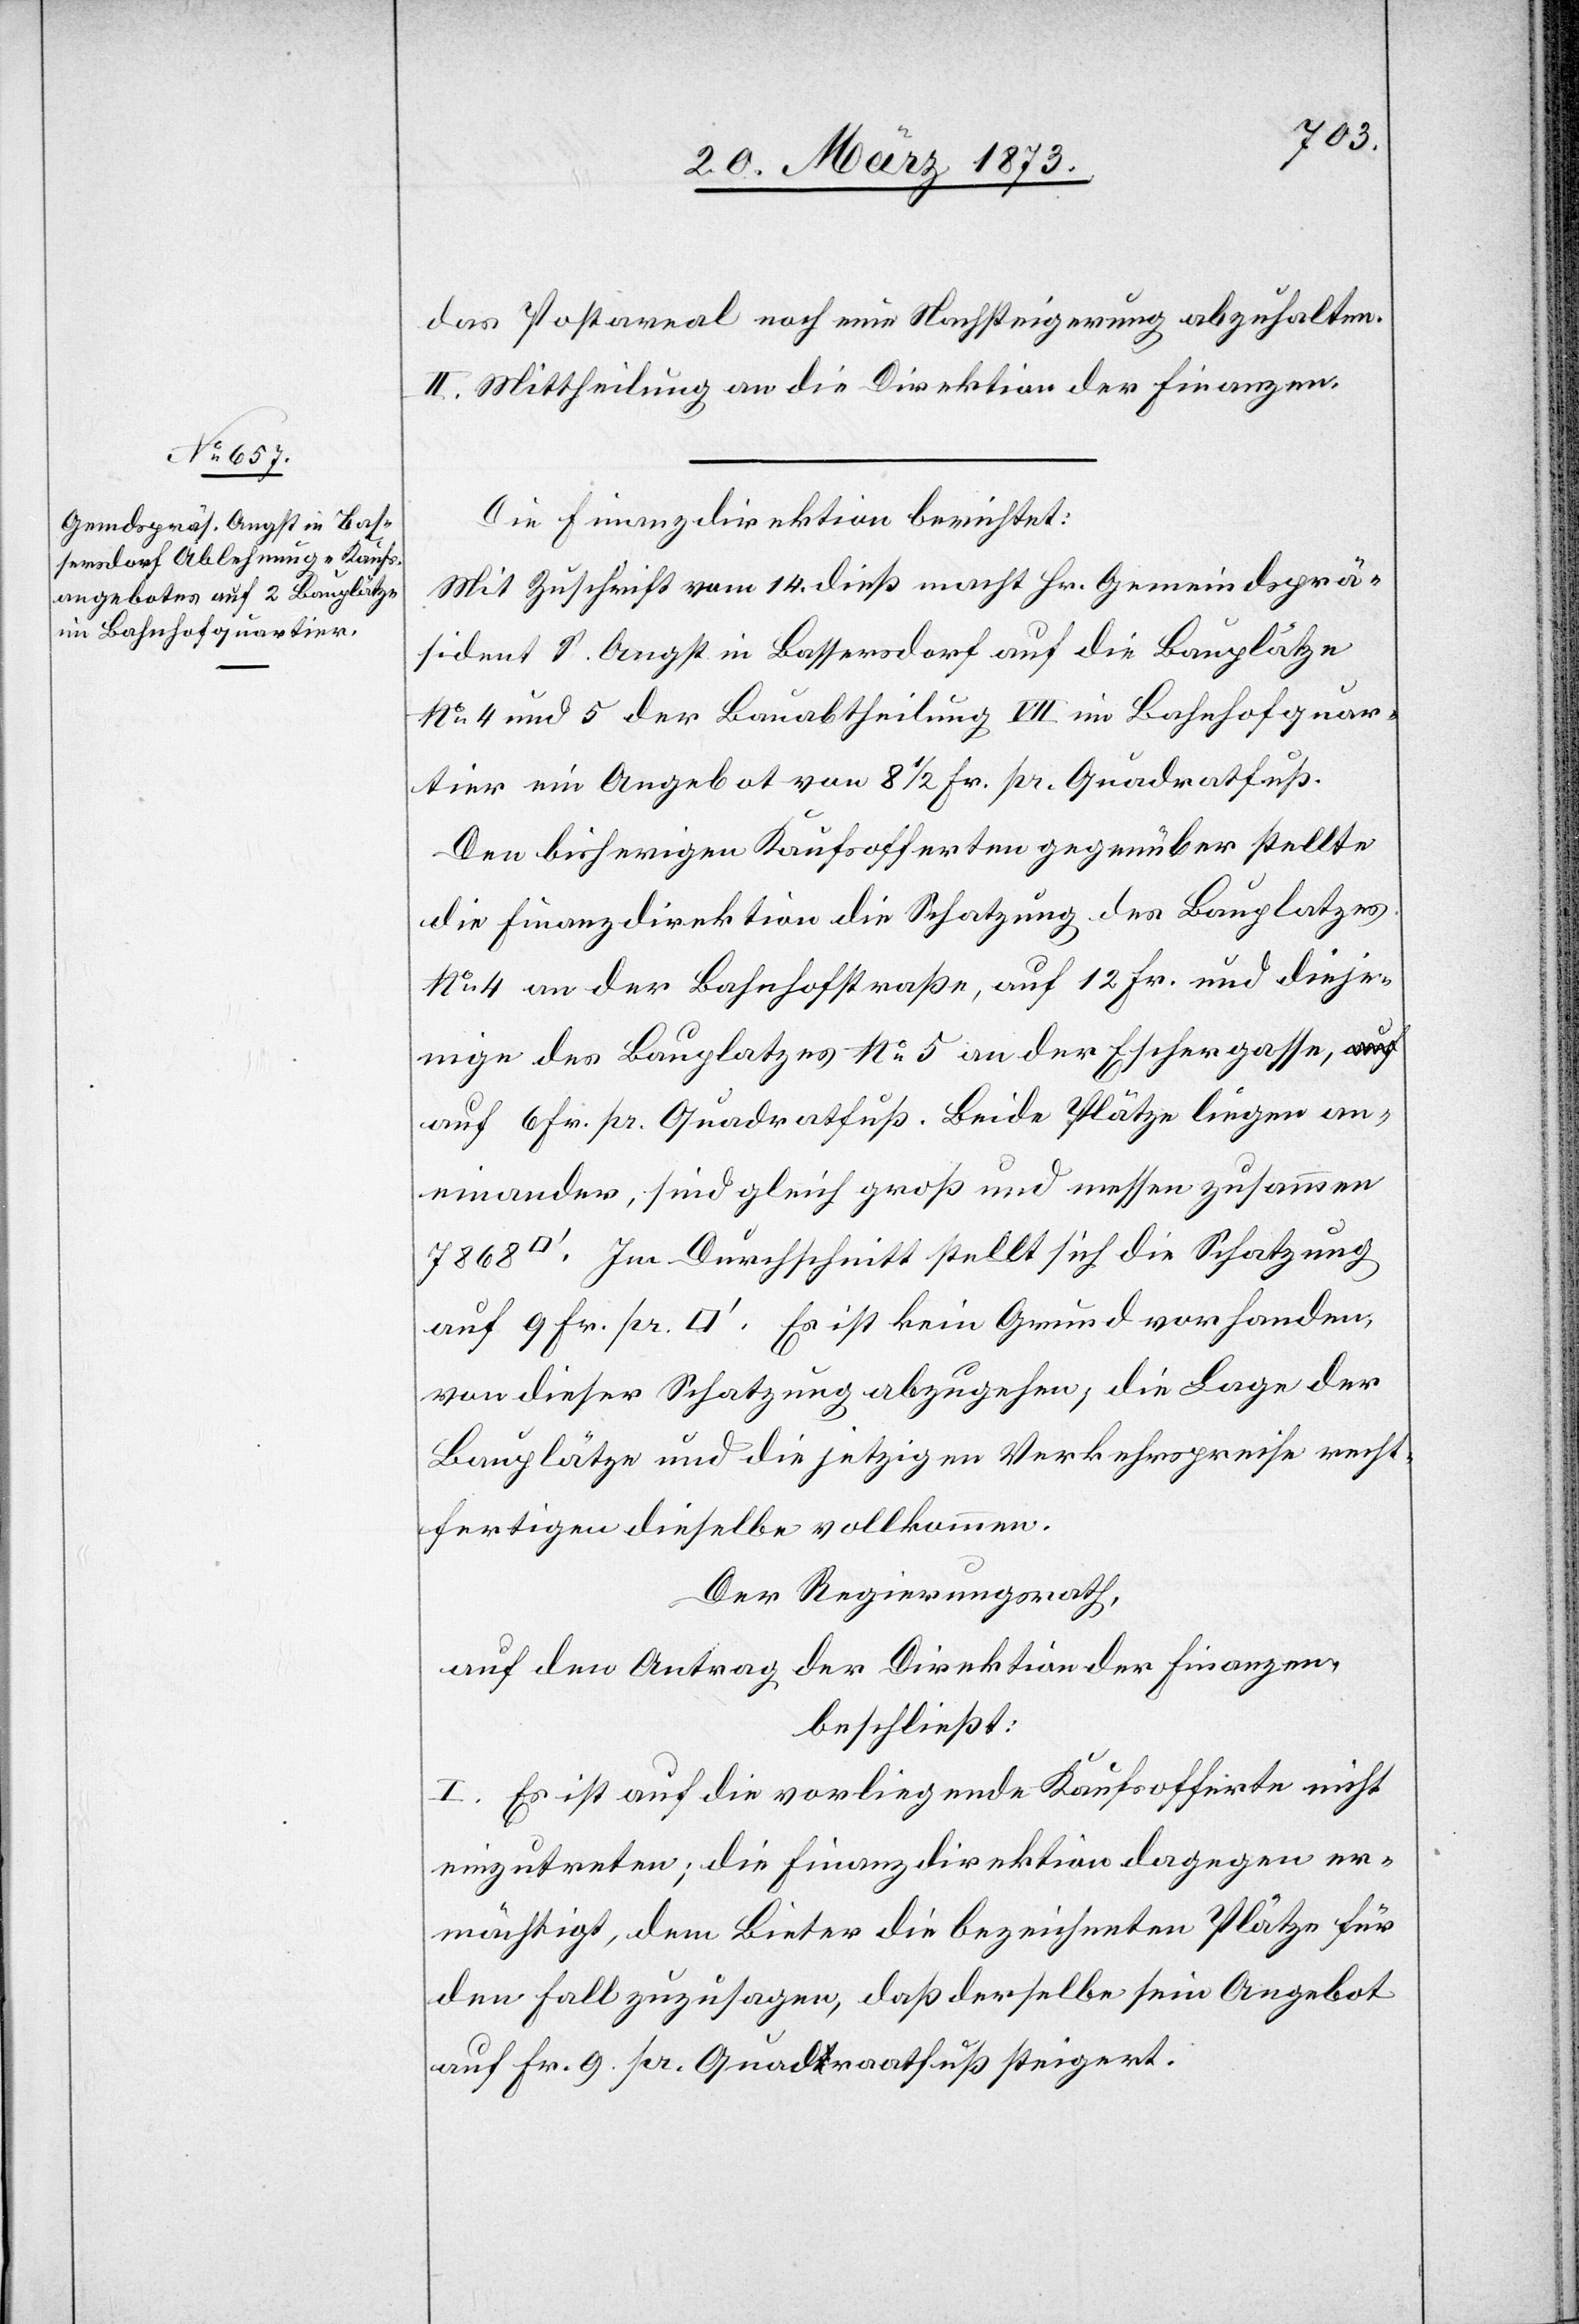
das Postareal noch eine Nachsteigerung abzuhalten.
II. Mittheilung an die Direktion der Finanzen.
Die Finanzdirektion berichtet:
Mit Zuschrift vom 14. dieß macht Hr. Gemeindsprä¬
sident S. Angst in Bassersdorf auf die Bauplätze
No. 4 und 5 der Bauabtheilung VII im Bahnhofquar¬
tier ein Angebot von 8 1/2 Fr. pr. Quadratfuß.
Den bisherigen Kaufsofferten gegenüber stellte
die Finanzdirektion die Schatzung des Bauplatzes
No. 4 an der Bahnhofstraße, auf 12 Fr. und dieje¬
nige des Bauplatzes No. 5 an der Eschergasse,
auf 6 Fr. pr. Quadratfuß. Beide Plätze liegen an¬
einander, sind gleich groß und messen zusammen
[Quadratfuss]. Im Durchschnitt stellt sich die Schatzung
von dieser Schatzung abzugehen; die Lage der
Bauplätze und die jetzigen Verkehrspreise recht¬
fertigen dieselbe vollkommen.
Der Regierungsrath,
auf den Antrag der Direktion der Finanzen,
beschließt:
I. Es ist auf die vorliegende Kaufsofferte nicht
einzutreten; die Finanzdirektion dagegen er¬
mächtig, dem Bieter die bezeichneten Plätze für
den Fall zuzusagen, daß derselbe sein Angebot
auf Fr. 9 pr. Quadraatfuß [sic!] steigert.